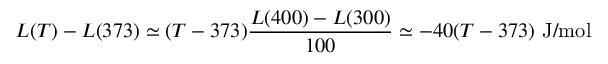
L ( T ) - L ( 3 7 3 ) \simeq ( T - 3 7 3 ) { \frac { L ( 4 0 0 ) - L ( 3 0 0 ) } { 1 0 0 } } \simeq - 4 0 ( T - 3 7 3 ) \ \mathrm { J / m o l }